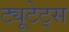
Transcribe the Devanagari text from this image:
ट्यूटेट्स